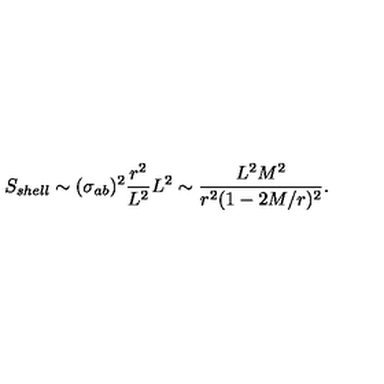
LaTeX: S _ { s h e l l } \sim ( \sigma _ { a b } ) ^ { 2 } \frac { r ^ { 2 } } { L ^ { 2 } } L ^ { 2 } \sim \frac { L ^ { 2 } M ^ { 2 } } { r ^ { 2 } ( 1 - 2 M / r ) ^ { 2 } } .